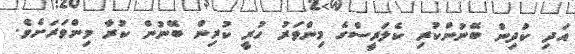
އަދި ކުދިން ބޭނުންކުރި ކެލަރީސްގެ މިންވަރު ހުރީ ކުރިން ބޭނުން ކުރާ މިންވަރަށެވެ.